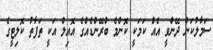
ސަމާލުކަން ދޭންވީ އެއް ކަމަކީ ކޮންމެ ބްރޭންޑެއްގެ އޮއިލް އަކީ ތަފާތު ކޮލިޓީގެ